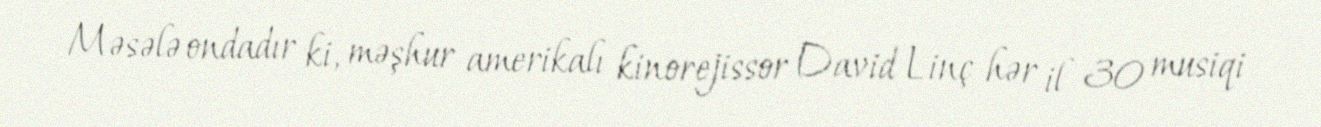
Məsələ ondadır ki, məşhur amerikalı kinorejissor David Linç hər il 30 musiqi